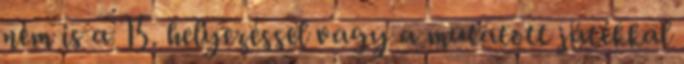
nem is a 15. helyezéssel vagy a mutatott játékkal